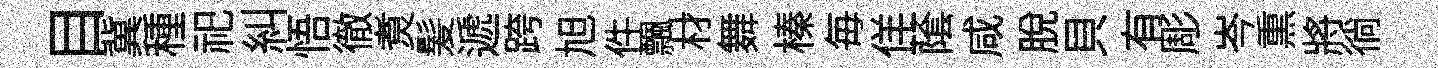
目冀種祀糾悟徹煑髪遞跨旭件飄材舞榛毎佯䕃咸脫貝有彫岑𤋱將徜